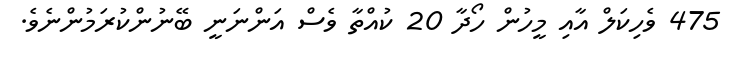
475 ވެހިކަލް އާއި މީހުން ހޯދާ 20 ކުއްތާ ވެސް އަންނަނީ ބޭނުންކުރަމުންނެވެ.